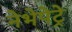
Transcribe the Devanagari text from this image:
नेभेपेट्रे